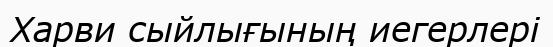
Харви сыйлығының иегерлері